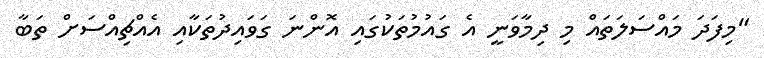
"މިފަދަ މައްސަލަތައް މި ދިމާވަނީ އެ ގައުމުތަކުގައި އޮންނަ ގަވައިދުތަކާއި އެއްޗިއްސަށް ތަބާ